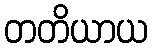
တတိယာယ